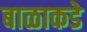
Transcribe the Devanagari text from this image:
बाळाकडे